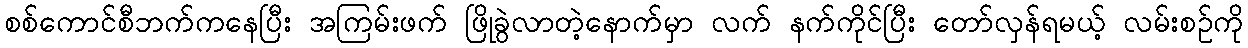
စစ်ကောင်စီဘက်ကနေပြီး အကြမ်းဖက် ဖြိုခွဲလာတဲ့နောက်မှာ လက် နက်ကိုင်ပြီး တော်လှန်ရမယ့် လမ်းစဥ်ကို